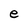
Character: e